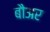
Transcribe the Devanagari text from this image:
बौअर